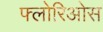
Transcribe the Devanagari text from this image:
फ्लोरिओस